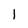
Character: l